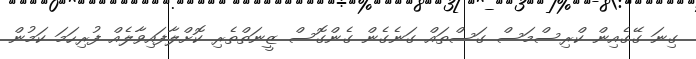
ގިނަ ގޭގެއިން ކްރިސްމަސް ގަސްތައް ގަނެގެން ގެންގޮސް ޒީނަތްތެރި ކޮށްލާފައިވާލެއް ފުރިހަމަ ކަމުން